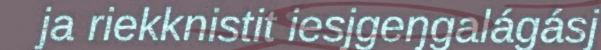
ja riekknistit iesjgeŋgalágásj